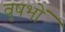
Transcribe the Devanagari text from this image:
वृषभों